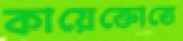
কায়েক্তোতে